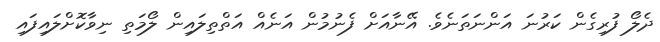
ދެލޯ ފުރިގެން ކަރުނަ އަންނަތަނެވެ. އޭނާއަށް ފެނުމުން އަނެއް އަތްތިލައިން ލޯމަތި ނިވާކޮށްލައިފައި